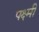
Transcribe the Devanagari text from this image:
पक्ष्मी